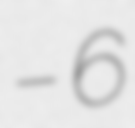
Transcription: – 6